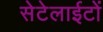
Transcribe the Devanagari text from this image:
सेटेलाईटों